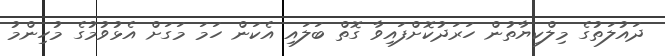
ދައުލަތުގެ މިލްކިޔާތުން ހަރަދުކޮށްފައިވާ ގޮތް ބަލައި އެކަން ހަމަ މަގަށް އެޅުވުމުގެ މުހިންމު